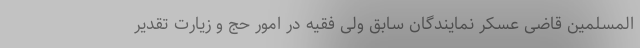
المسلمین قاضی عسکر نمایندگان سابق ولی فقیه در امور حج و زیارت تقدیر